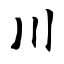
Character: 川